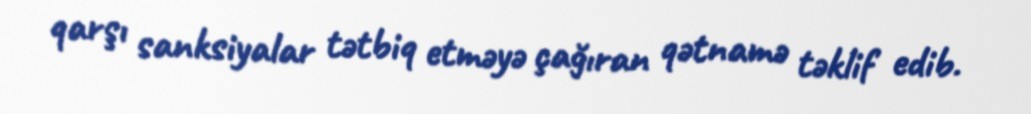
qarşı sanksiyalar tətbiq etməyə çağıran qətnamə təklif edib.